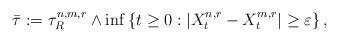
LaTeX: \begin{align*}\bar{\tau} := \tau^{n,m,r}_R\wedge \inf\left\lbrace t\ge 0:\left\lvert X^{n,r}_t-X^{m,r}_t\right\rvert\ge \varepsilon\right\rbrace, \end{align*}